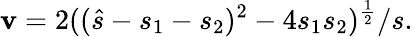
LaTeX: \mathbf{v}=2((\hat{{s}}-s_{1}-s_{2})^{2}-4s_{1}s_{2})^{\frac{{1}}{{2}}}/s.